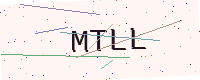
Text: MTLL